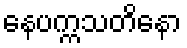
နေပက္ကသတိနော